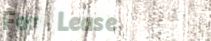
For Lease